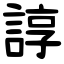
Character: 諄